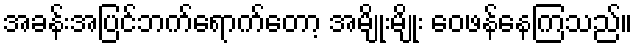
အခန်းအပြင်ဘက်ရောက်တော့ အမျိုးမျိုး ဝေဖန်နေကြသည်။